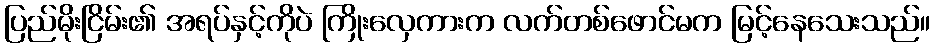
ပြည်မိုးငြိမ်း၏ အရပ်နှင့်ကိုပဲ ကြိုးလှေကားက လက်တစ်ဖောင်မက မြင့်နေသေးသည်။